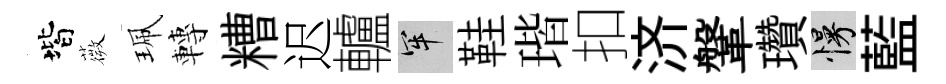
階薇珮轉糟迟轤牢鞋瑎扣济鞶瓚慢藍